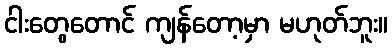
ငါးတွေတောင် ကျန်တော့မှာ မဟုတ်ဘူး။